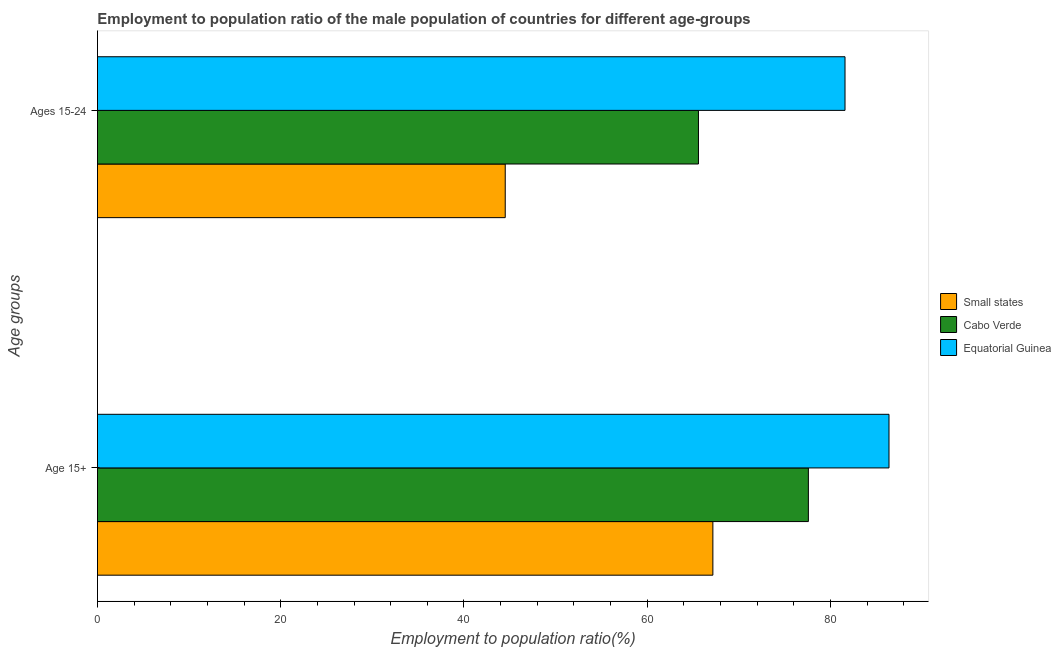
| Age groups | Small states | Cabo Verde | Equatorial Guinea |
 | --- | --- | --- | --- |
 | Age 15+ | 67.2 | 77.6 | 86.4 |
 | Ages 15-24 | 44.5 | 65.6 | 81.6 |